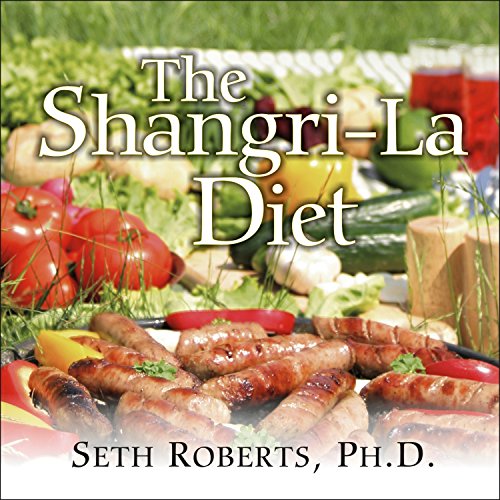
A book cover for The Shangri-La Diet; Seth Roberts; Health, Fitness & Dieting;